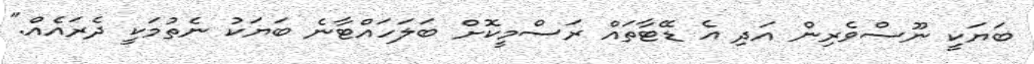
ބަޔަކީ ނޫސްވެރިން އަދި އެ ޑޭޓާތައް ރަސްމީކޮށް ބަލަހައްޓާނެ ބަޔަކު ނެތުމަކީ ދެރައެއް."